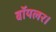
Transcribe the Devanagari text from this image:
बॉयलर।